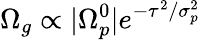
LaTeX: \Omega_{g}\propto|\Omega_{p}^{0}|e^{-\tau^{2}/\sigma_{p}^{2}}